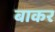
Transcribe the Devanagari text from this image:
बाकर